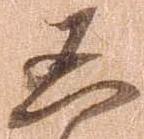
凶